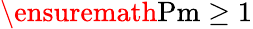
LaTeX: \ensuremath\mathrm{{Pm}}\geq 1